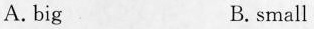
A. big B. small